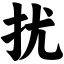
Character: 扰